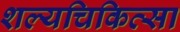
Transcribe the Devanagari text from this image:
शल्‍यचिकित्‍सा